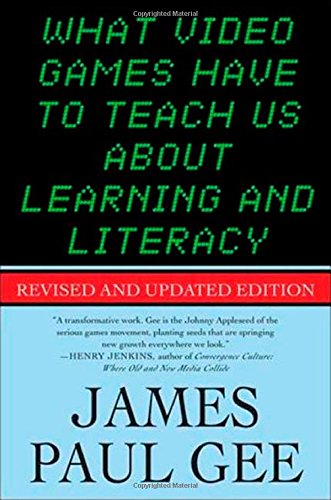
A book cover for What Video Games Have to Teach Us About Learning and Literacy. Second Edition; James Paul Gee; Computers & Technology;